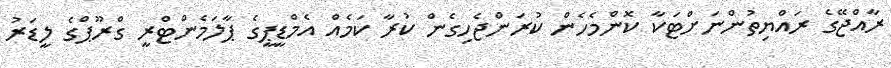
ރާއްޖޭގެ ރައްޔިތުންނަށްޓަކާ ކޮންމެހެން ކުރަންޖެހިގެން ކުރާ ކަމެއް އެމްޑީޕީގެ ޕާލަމެންޓްރީ ގްރޫޕްގެ ލީޑަރު